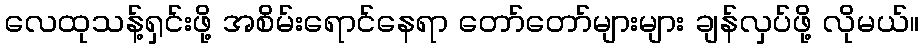
လေထုသန့်ရှင်းဖို့ အစိမ်းရောင်နေရာ တော်တော်များများ ချန်လှပ်ဖို့ လိုမယ်။